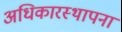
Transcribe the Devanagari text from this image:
अधिकारस्थापना